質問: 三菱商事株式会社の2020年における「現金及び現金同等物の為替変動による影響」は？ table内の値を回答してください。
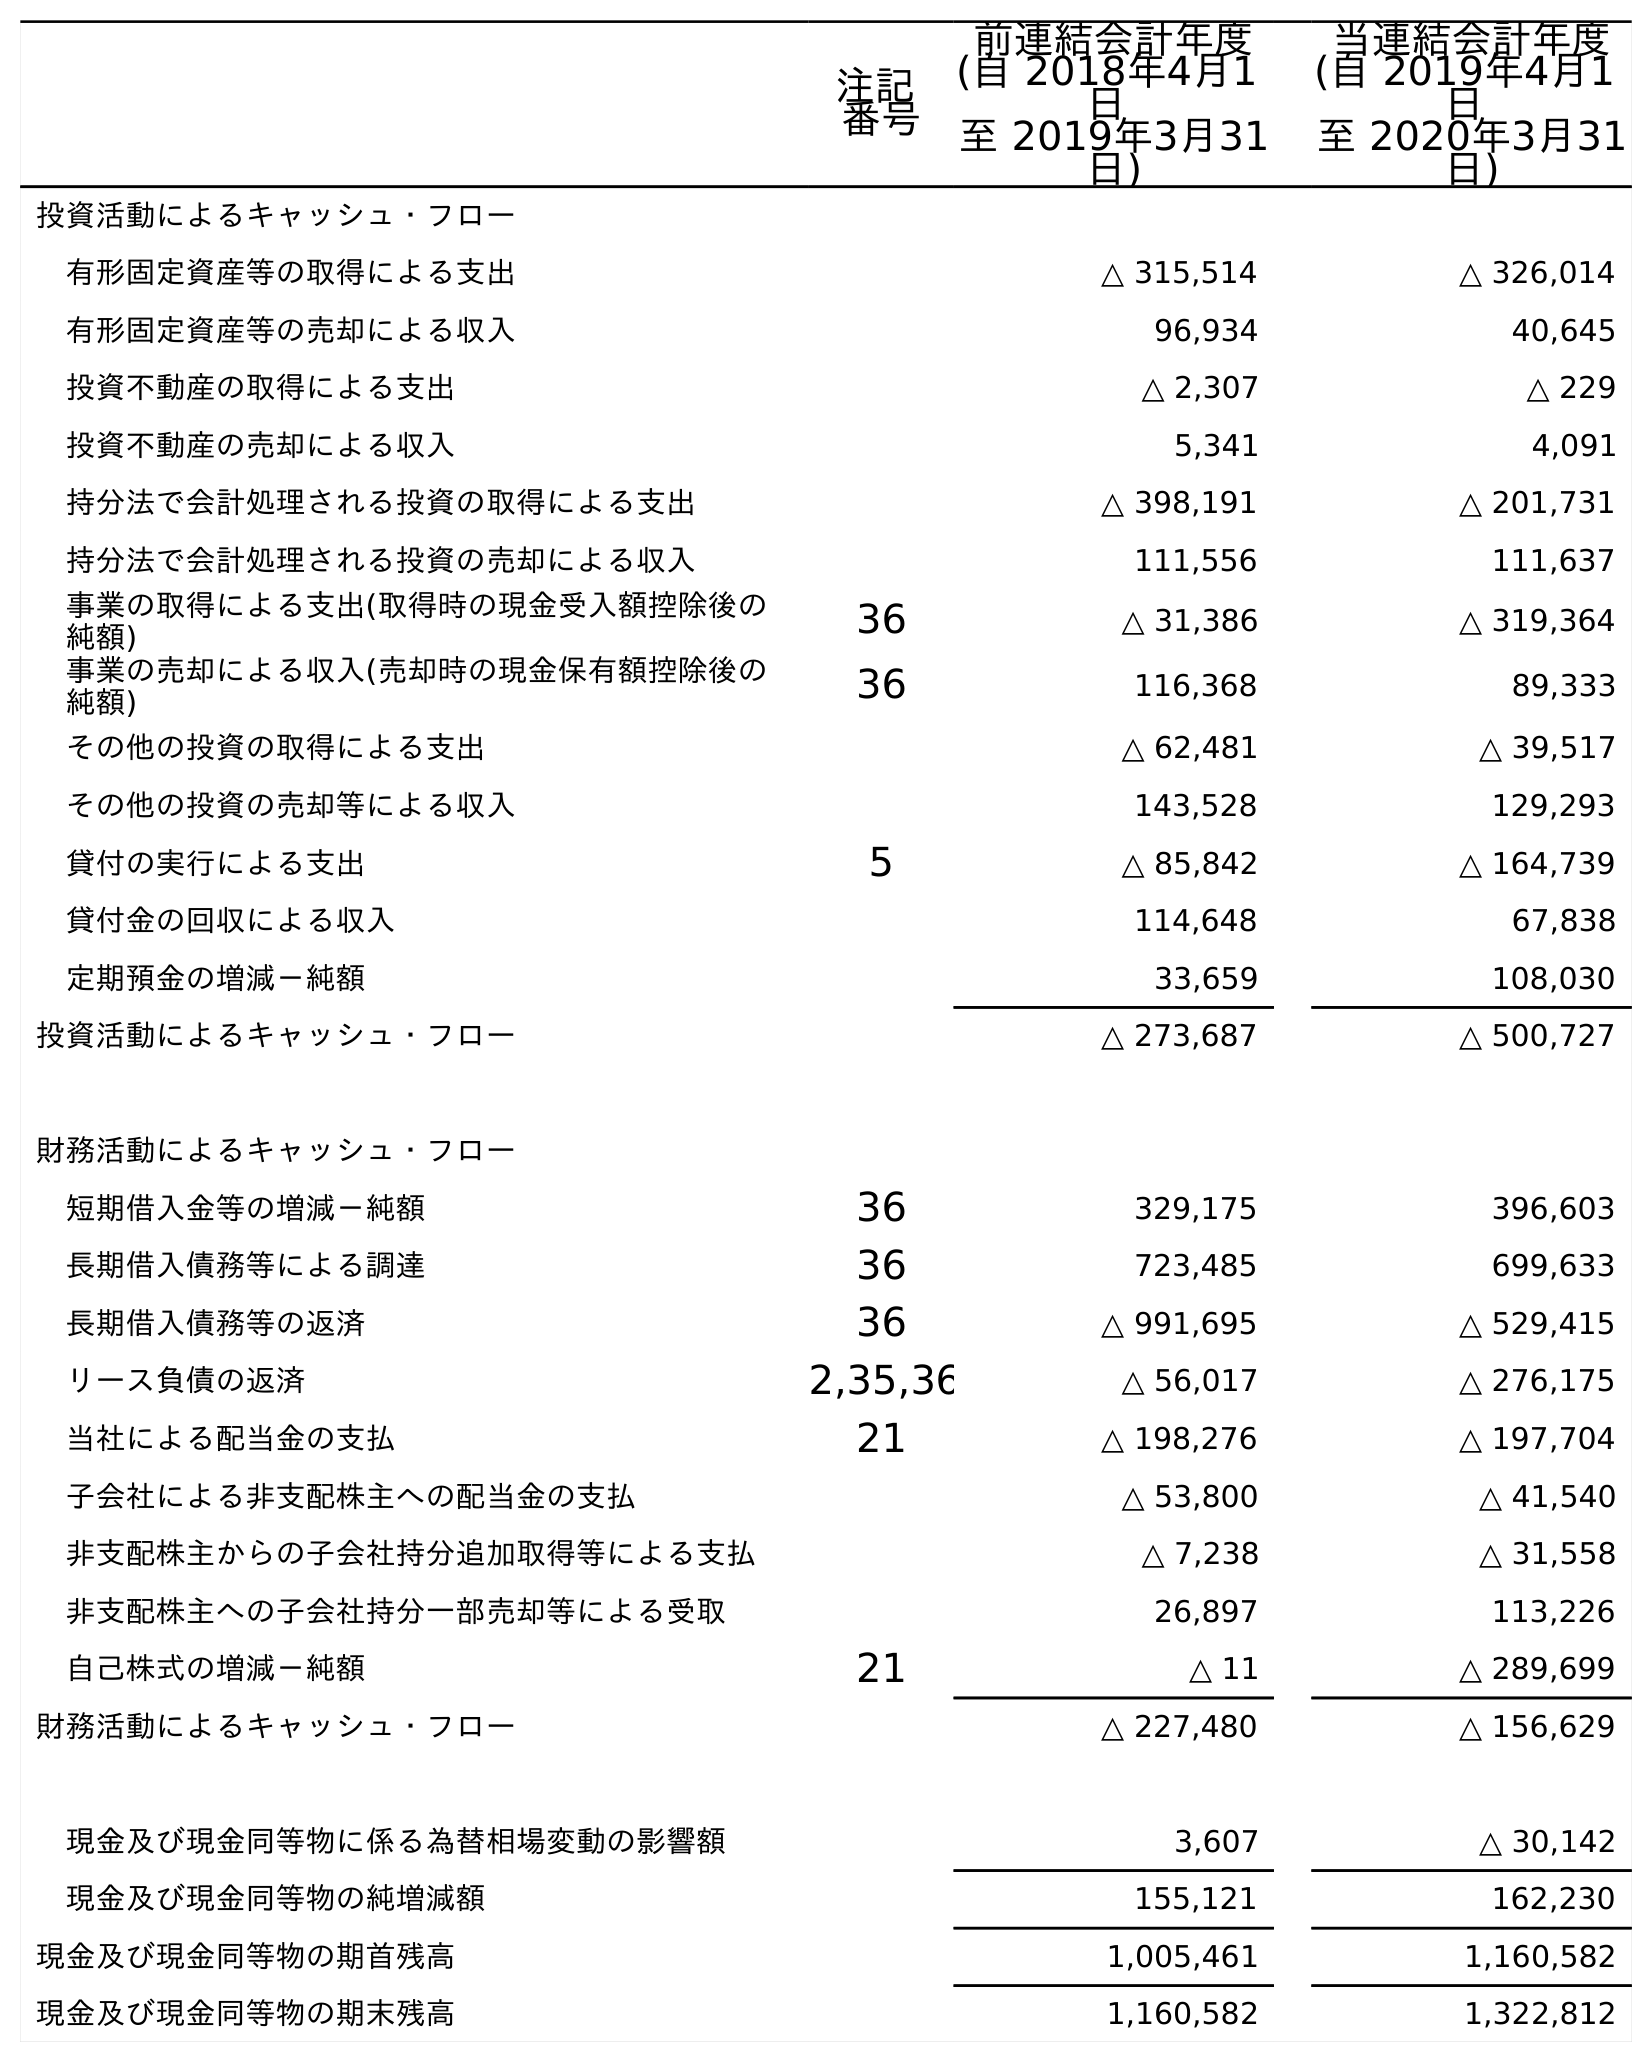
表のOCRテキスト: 注記 番号 前連結会計年度 (自 2018年4月1 日 至 2019年3月31 日) 当連結会計年度 (自 2019年4月1 日 至 2020年3月31 日) 投資活動によるキャッシュ・フロー 有形固定資産等の取得による支出 △ 315,514 △ 326,014 有形固定資産等の売却による収入 96,934 40,645 投資不動産の取得による支出 △ 2,307 △ 229 投資不動産の売却による収入 5,341 4,091 持分法で会計処理される投資の取得による支出 △ 398,191 △ 201,731 持分法で会計処理される投資の売却による収入 111,556 111,637 事業の取得による支出(取得時の現金受入額控除後の 純額) 36 △ 31,386 △ 319,364 事業の売却による収入(売却時の現金保有額控除後の 純額) 36 116,368 89,333 その他の投資の取得による支出 △ 62,481 △ 39,517 その他の投資の売却等による収入 143,528 129,293 貸付の実行による支出 5 △ 85,842 △ 164,739 貸付金の回収による収入 114,648 67,838 定期預金の増減－純額 33,659 108,030 投資活動によるキャッシュ・フロー △ 273,687 △ 500,727 財務活動によるキャッシュ・フロー 短期借入金等の増減－純額 36 329,175 396,603 長期借入債務等による調達 36 723,485 699,633 長期借入債務等の返済 36 △ 991,695 △ 529,415 リース負債の返済 2,35,36 △ 56,017 △ 276,175 当社による配当金の支払 21 △ 198,276 △ 197,704 子会社による非支配株主への配当金の支払 △ 53,800 △ 41,540 非支配株主からの子会社持分追加取得等による支払 △ 7,238 △ 31,558 非支配株主への子会社持分一部売却等による受取 26,897 113,226 自己株式の増減－純額 21 △ 11 △ 289,699 財務活動によるキャッシュ・フロー △ 227,480 △ 156,629 現金及び現金同等物に係る為替相場変動の影響額 3,607 △ 30,142 現金及び現金同等物の純増減額 155,121 162,230 現金及び現金同等物の期首残高 1,005,461 1,160,582 現金及び現金同等物の期末残高 1,160,582 1,322,812
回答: △30,142